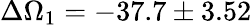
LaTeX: \Delta\Omega_{1}=-37.7\pm 3.52